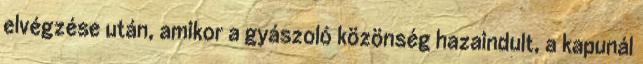
elvégzése után, amikor a gyászoló közönség hazaindult, a kapunál